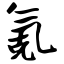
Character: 氪